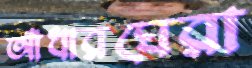
আঁধারঘেরা